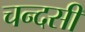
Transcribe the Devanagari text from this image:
चन्दसी